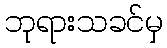
ဘုရားသခင်မှ